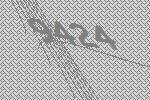
9424